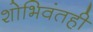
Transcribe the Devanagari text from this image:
शोभिवंतही